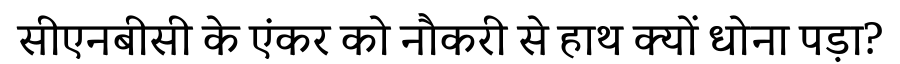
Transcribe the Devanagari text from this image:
सीएनबीसी के एंकर को नौकरी से हाथ क्यों धोना पड़ा?